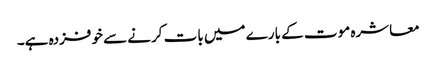
معاشرہ موت کے بارے میں بات کرنے سے خوفزدہ ہے۔